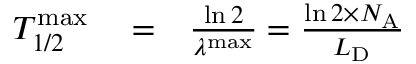
\begin{array} { r l r } { T _ { 1 / 2 } ^ { \mathrm { m a x } } } & { { } = } & { \frac { \ln 2 } { \lambda ^ { \mathrm { m a x } } } = \frac { \ln 2 \times N _ { \mathrm { A } } } { L _ { \mathrm { D } } } } \end{array}